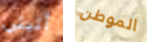
أتيتي الموطن